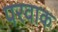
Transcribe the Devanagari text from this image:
परवाक